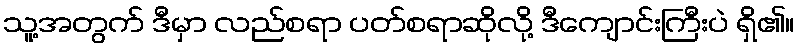
သူ့အတွက် ဒီမှာ လည်စရာ ပတ်စရာဆိုလို့ ဒီကျောင်းကြီးပဲ ရှိ၏။